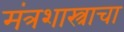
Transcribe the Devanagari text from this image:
मंत्रशास्त्राचा